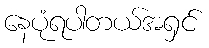
နေပုံရပါတယ်အရှင်